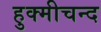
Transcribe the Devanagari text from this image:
हुक्मीचन्द